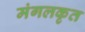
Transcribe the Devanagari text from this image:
मंगलकृत